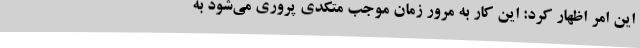
این امر اظهار کرد: این کار به مرور زمان موجب متکدی پروری می‌شود به